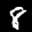
Label: 8